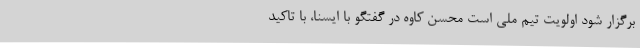
برگزار شود اولویت تیم ملی است محسن کاوه در گفتگو با ایسنا، با تاکید